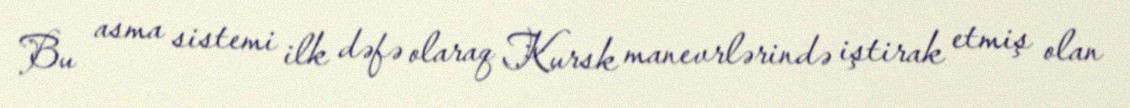
Bu asma sistemi ilk dəfə olaraq Kursk manevrlərində iştirak etmiş olan